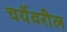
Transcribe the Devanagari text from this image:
चर्येवरील